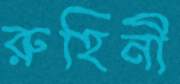
রুহিনী